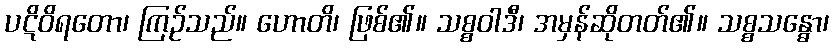
ပဋိဝိရတော၊ ကြဉ်သည်။ ဟောတိ၊ ဖြစ်၏။ သစ္စဝါဒီ၊ အမှန်ဆိုတတ်၏။ သစ္စသန္ဓော၊